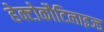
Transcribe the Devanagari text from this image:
हेक्टोकौटिलाइज्ड